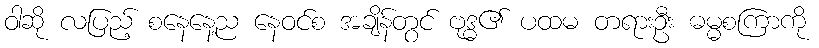
ဝါဆို လပြည့် စနေနေ့ည နေဝင်စ အချိန်တွင် ဗုဒ္ဓ၏ ပထမ တရားဦး ဓမ္မစကြာကို